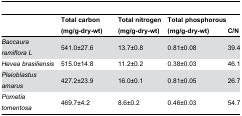
<table><thead><tr><td></td><td><b>Total carbon (mg/g-dry-wt)</b></td><td><b>Total nitrogen (mg/g-dry-wt)</b></td><td><b>Total phosphorous (mg/g-dry-wt)</b></td><td><b>C/N</b></td></tr></thead><tbody><tr><td><i>Baccaura ramiflora L</i></td><td>541.0±27.6</td><td>13.7±0.8</td><td>0.81±0.08</td><td>39.4</td></tr><tr><td><i>Hevea brasiliensis</i></td><td>515.0±14.8</td><td>11.2±0.2</td><td>0.38±0.03</td><td>46.1</td></tr><tr><td><i>Pleioblastus amarus</i></td><td>427.2±23.9</td><td>16.0±0.1</td><td>0.81±0.05</td><td>26.7</td></tr><tr><td><i>Pometia tomentosa</i></td><td>469.7±4.2</td><td>8.6±0.2</td><td>0.46±0.03</td><td>54.7</td></tr></tbody></table>